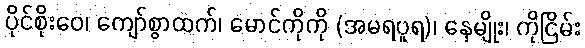
ပိုင်စိုးဝေ၊ ကျော်စွာထက်၊ မောင်ကိုကို (အမရပူရ)၊ နေမျိုး၊ ကိုငြိမ်း